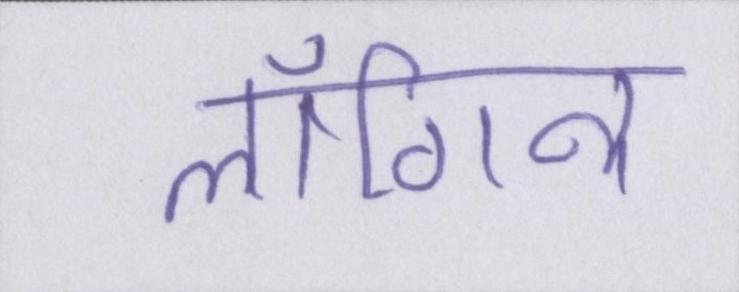
लॉगिन